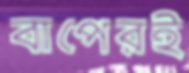
বাপেরই